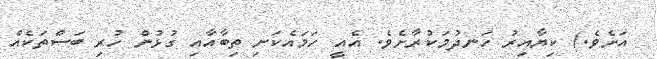
އަށެވެ.) ކިޔާއިރު ހަނދުމަކުރާށެވެ. އެއީ ހަމައެކަނި ތިބާއާއި ގުޅުން ހުރި ބަސްތަކެއް